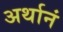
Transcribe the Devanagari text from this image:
अर्थानं